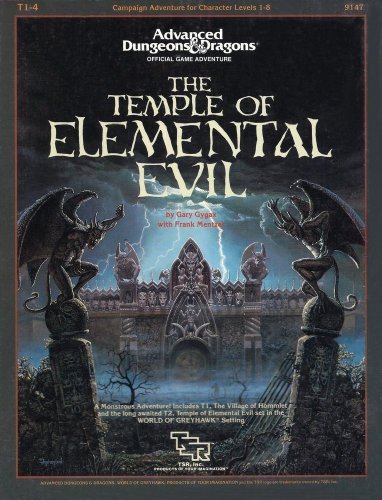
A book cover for Temple of Elemental Evil (Advanced Dungeons & Dragons/AD&D Supermodule T1-4); Gary Gygax; Humor & Entertainment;